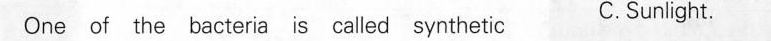
One of the bacteria is called synthetic C.Sunlight.